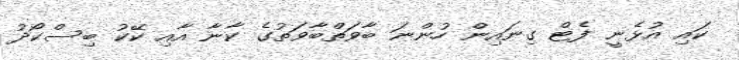
ކައި އުޅެނީ ފެޓް ގިނައިން ހުންނަ ބާވަތްބާވަތުގެ ކާނާ އާއި ކޭކު ބިސްކޯދު